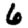
Digit: 6